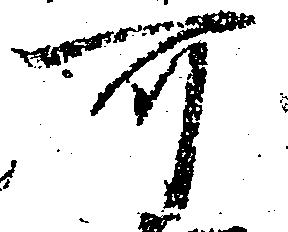
可